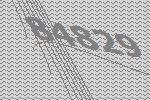
84829